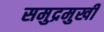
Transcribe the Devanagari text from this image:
समुद्रमुखी